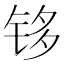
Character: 𰽹